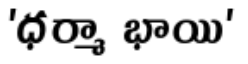
'ధర్మా భాయి'